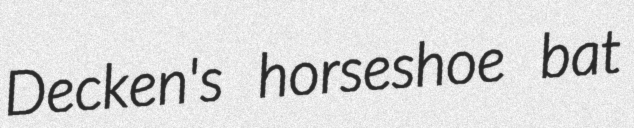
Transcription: Decken's horseshoe bat